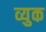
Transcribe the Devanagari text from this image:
व्युक